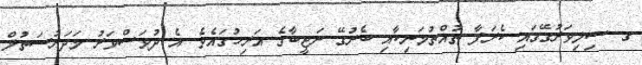
ގ. ސިލިވަރުގޭގައި ކެރަފާ ތުއްތުމަނިކާއި ބެރުގޭ ނަޖީބާގެ އަރިހުގައެވެ. އެ ދުވަސްވަރު މަދަރުސަތުލް